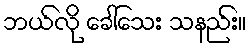
ဘယ်လို ခေါ်သေး သနည်း။